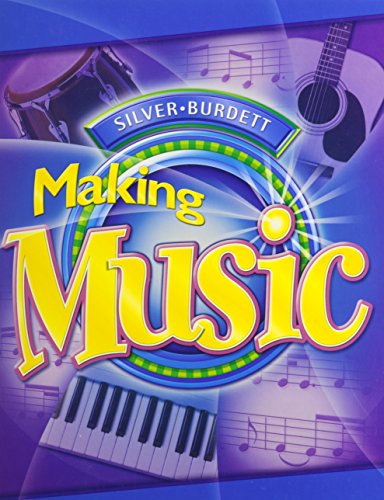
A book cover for Silver Burdett Making Music, Grade 7: Student Textbook; SILVER BURDETT; Teen & Young Adult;